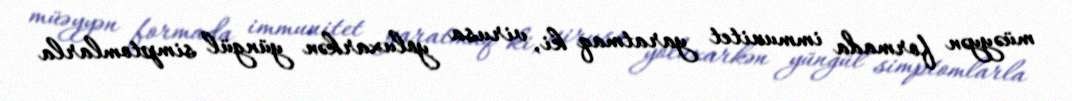
müəyyən formada immunitet yaratmaq ki, virusa yoluxarkən yüngül simptomlarla